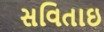
સવિતાઇ